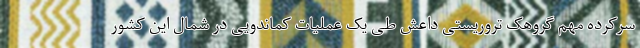
سرکرده مهم گروهک تروریستی داعش طی یک عملیات کماندویی در شمال این کشور